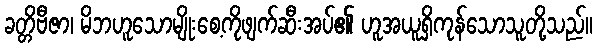
ခတ္တိဗီဇာ၊ မိဘဟူသောမျိုးစေ့ကိုဖျက်ဆီးအပ်၏ ဟူအယူရှိကုန်သောသူတို့သည်။